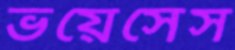
ভয়েসেস